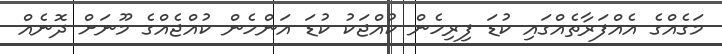
މަގެއްގެ އެއްފަރާތެއްގައި ކުޑަ ފިރިހެން ކުއްޖަކު ކުޑަ އަންހެން ކުއްޖެއްގެ މޫނަށް ދޮނެއް